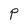
Character: P